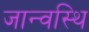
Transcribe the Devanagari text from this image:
जान्वस्थि